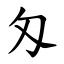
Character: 匁